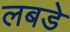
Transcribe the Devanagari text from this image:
लबडे